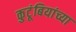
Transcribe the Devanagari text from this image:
कुटूंबियांच्या